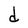
Character: d